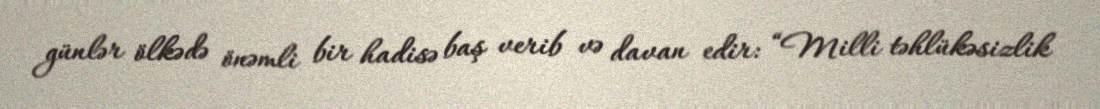
günlər ölkədə önəmli bir hadisə baş verib və davan edir: “Milli təhlükəsizlik